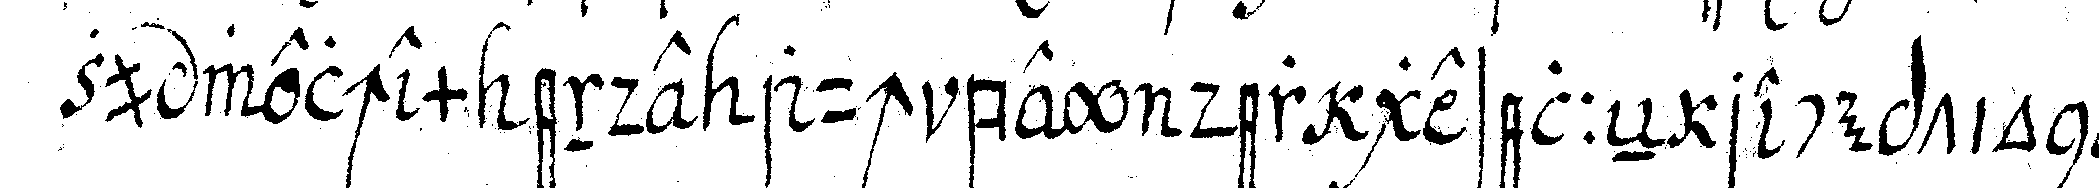
zu welchem ende auch bey der geselleN reception